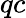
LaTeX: qc